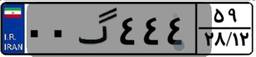
۰۰گ۴۴۴۵۹